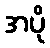
အပို